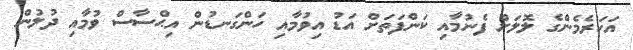
އަހަރެމެންގެ ލޮލަށް ފެނުމާއި ކަންފަތަށް އަޑު އިވުމާއި ހަންގަނޑުން އިޙްސާސް ވުމާއި ދުލުން